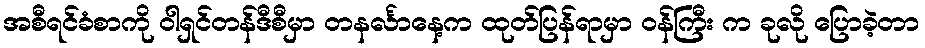
အစီရင်ခံစာကို ဝါရှင်တန်ဒီစီမှာ တနင်္လာနေ့က ထုတ်ပြန်ရာမှာ ဝန်ကြီး က ခုလို ပြောခဲ့တာ